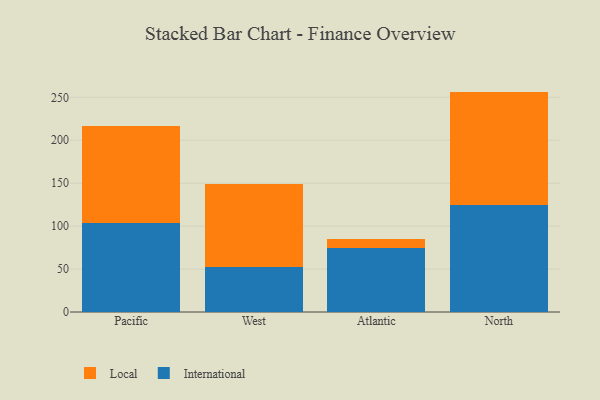
{"axis": {"x": "Region", "y": "Waste Production (Tons)"}, "legend": ["International", "Local"], "data": [{"x": "Pacific", "y": 103.5, "type": "International"}, {"x": "Pacific", "y": 112.8, "type": "Local"}, {"x": "West", "y": 52.4, "type": "International"}, {"x": "West", "y": 96.9, "type": "Local"}, {"x": "Atlantic", "y": 75.1, "type": "International"}, {"x": "Atlantic", "y": 9.7, "type": "Local"}, {"x": "North", "y": 124.6, "type": "International"}, {"x": "North", "y": 132.1, "type": "Local"}]}